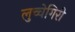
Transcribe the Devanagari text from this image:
लुच्चेगिरी